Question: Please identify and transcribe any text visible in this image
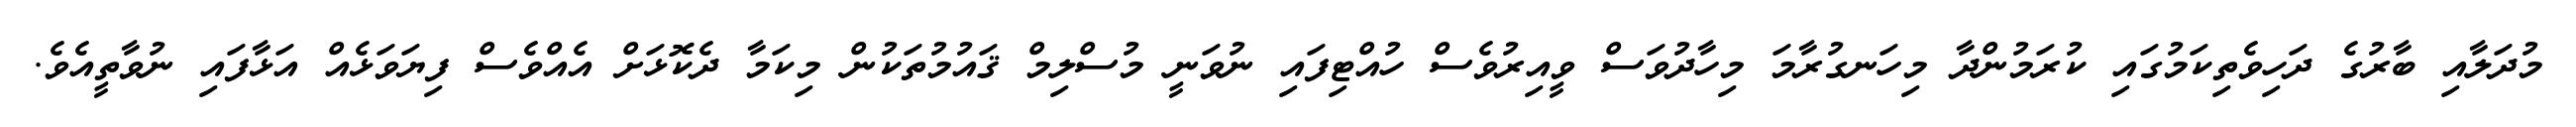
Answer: މުދަލާއި ބާރުގެ ދަހިވެތިކަމުގައި ކުރަމުންދާ މިހަނގުރާމަ މިހާދުވަސް ވީއިރުވެސް ހުއްޓިފައި ނުވަނީ މުސްލިމް ޤައުމުތަކުން މިކަމާ ދެކޮޅަށް އެއްވެސް ފިޔަވަޅެއް އަޅާފައި ނުވާތީއެވެ.